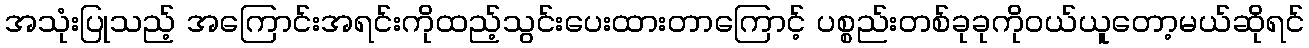
အသုံးပြုသည့် အကြောင်းအရင်းကိုထည့်သွင်းပေးထားတာကြောင့် ပစ္စည်းတစ်ခုခုကိုဝယ်ယူတော့မယ်ဆိုရင်